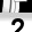
Digit: 2